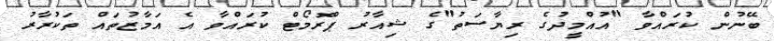
ބޭނުން ކުރައްވާ "އުއްމީދުގެ ރިޔާސަތު"ގެ ޝިއާރު ޕްރޮމޯޓް ކުރައްވާ އެ އަމާޒުތައް ތަކުރާރު